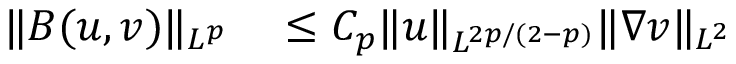
\begin{array} { r l } { \Vert B ( u , v ) \Vert _ { L ^ { p } } } & { { } \leq C _ { p } \Vert u \Vert _ { L ^ { 2 p / ( 2 - p ) } } \Vert \nabla v \Vert _ { L ^ { 2 } } } \end{array}